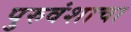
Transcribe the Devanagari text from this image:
पुरुवंशाचा